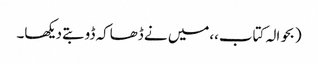
(بحوالہ کتاب،،میں نے ڈھاکہ ڈوبتے دیکھا۔